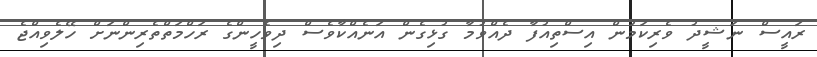
ރައީސް ނަޝީދު ވެރިކަމުން އިސްތިއުފާ ދެއްވުމާ ގުޅިގެން އަނެއްކާވެސް ދިވެހީންގެ ރަހްމަތްތެރިންނަށް ހޭލެވިއްޖެ